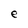
Character: e